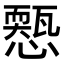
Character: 𢣓